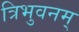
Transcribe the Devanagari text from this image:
त्रिभुवनम्